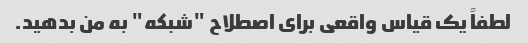
لطفاً یک قیاس واقعی برای اصطلاح "شبکه" به من بدهید.